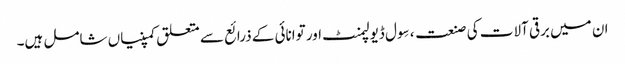
ان میں برقی آلات کی صنعت ، سِول ڈیولپمنٹ اور توانائی کے ذرائع سے متعلق کمپنیاں شامل ہیں۔